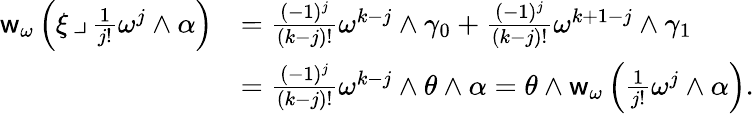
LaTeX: \begin{array}{rl}{\mathsf{w}_{\omega}\left(\xi\operatorname{\lrcorner}\frac{1}{j!}\omega^{j}\wedge\alpha\right)}&{=\frac{(-1)^{j}}{(k-j)!}\omega^{k-j}\wedge\gamma_{0}+\frac{(-1)^{j}}{(k-j)!}\omega^{k+1-j}\wedge\gamma_{1}}\\ &{=\frac{(-1)^{j}}{(k-j)!}\omega^{k-j}\wedge\theta\wedge\alpha=\theta\wedge\mathsf{w}_{\omega}\left(\frac{1}{j!}\omega^{j}\wedge\alpha\right).}\end{array}